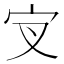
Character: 𰌵